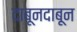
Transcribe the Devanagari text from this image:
दाबूनदाबून